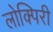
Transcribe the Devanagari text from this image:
लोक्पिरी